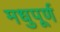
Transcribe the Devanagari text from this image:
मधुपूर्ण